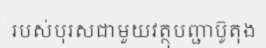
របស់បុរសជាមួយវត្ថុបញ្ជាប៊ូតុង